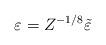
LaTeX: \begin{align*}\varepsilon = Z^{-1/8} \tilde \varepsilon \end{align*}